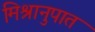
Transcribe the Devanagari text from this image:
मिश्रानुपात